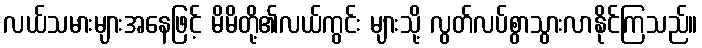
လယ်သမားများအနေဖြင့် မိမိတို့၏လယ်ကွင်း များသို့ လွတ်လပ်စွာသွားလာနိုင်ကြသည်။